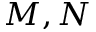
M , N